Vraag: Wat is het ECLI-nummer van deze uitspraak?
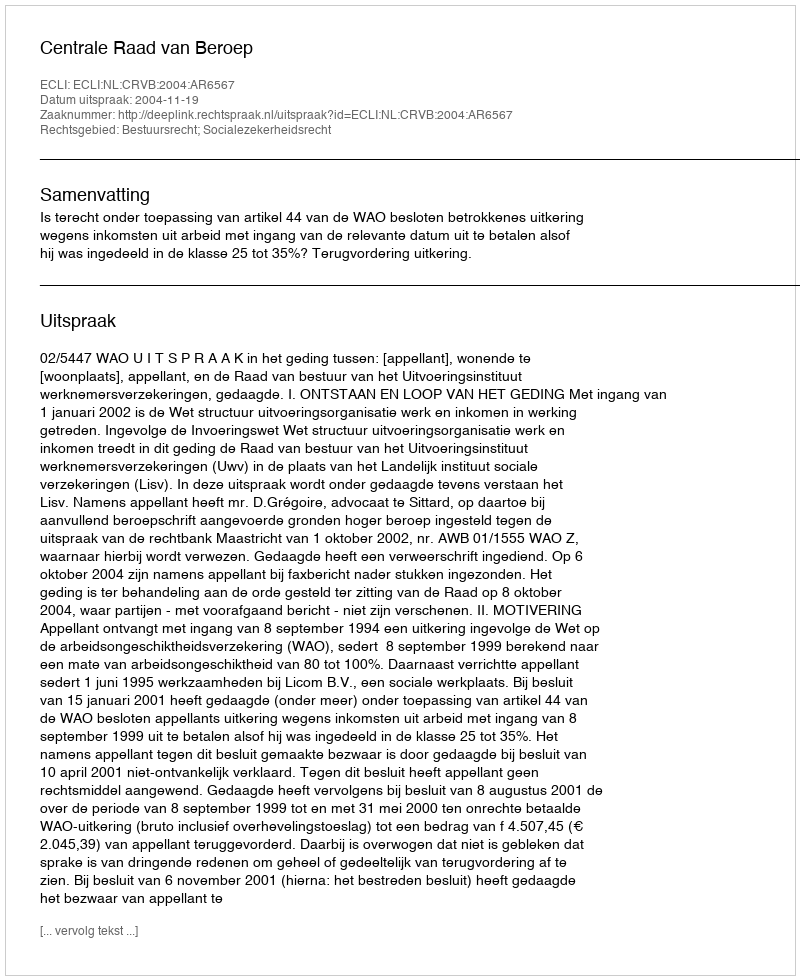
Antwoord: ECLI:NL:CRVB:2004:AR6567